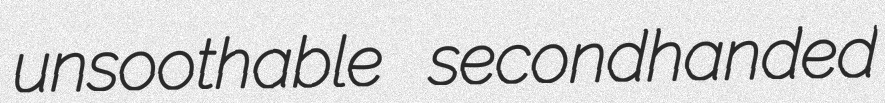
unsoothable secondhanded